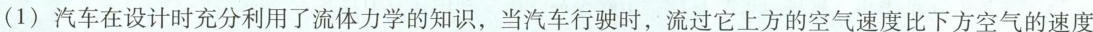
(1)汽车在设计时充分利用了流体力学的知识，当汽车行驶时，流过它上方的空气速度比下方空气的速度